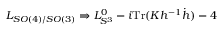
L _ { S O ( 4 ) / S O ( 3 ) } \Rightarrow L _ { S ^ { 3 } } ^ { 0 } - i \mathrm { T r } ( K h ^ { - 1 } \dot { h } ) - 4